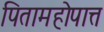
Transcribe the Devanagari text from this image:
पितामहोपात्त